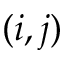
( i , j )